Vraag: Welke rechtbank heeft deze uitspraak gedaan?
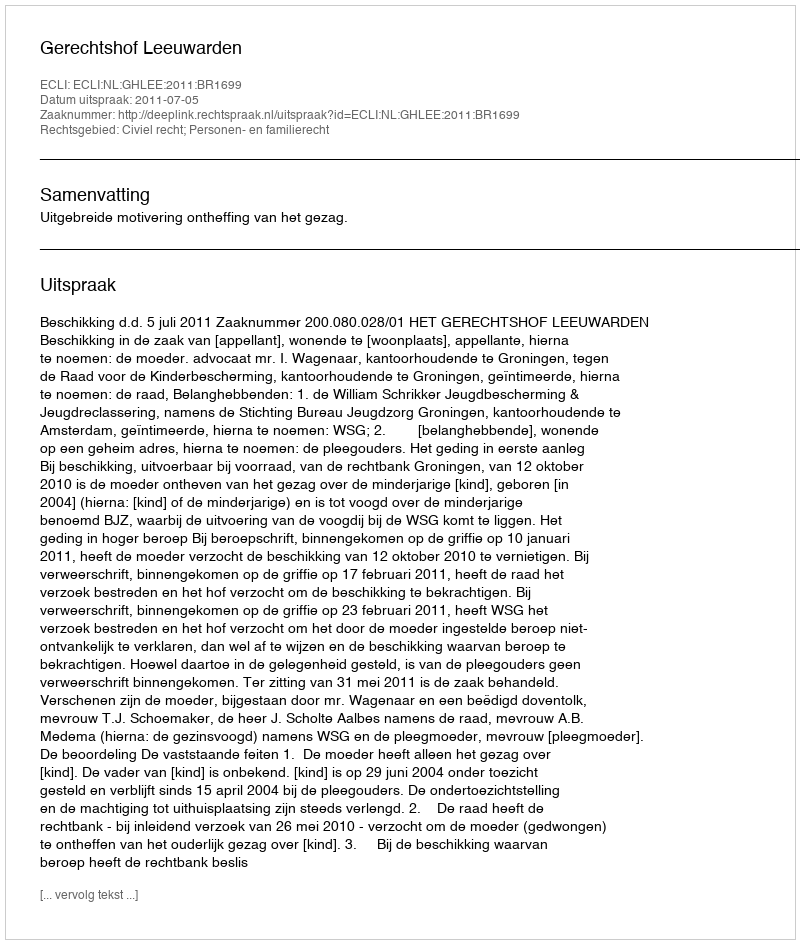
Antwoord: Gerechtshof Leeuwarden